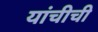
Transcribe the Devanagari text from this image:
यांचीची